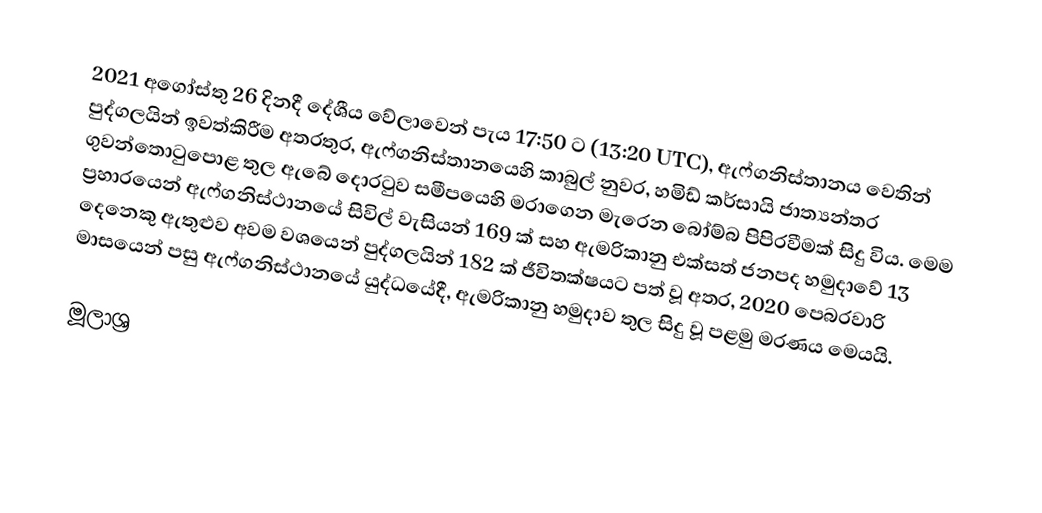
2021  අගෝස්තු 26 දිනදී දේශීය වේලාවෙන් පැය 17:50 ට  (13:20 UTC),  ඇෆ්ගනිස්තානය වෙතින් පුද්ගලයින් ඉවත්කිරීම අතරතුර, ඇෆ්ගනිස්තානයෙහි කාබුල් නුවර, හමිඩ් කර්සායි ජාත්‍යන්තර ගුවන්තොටුපොළ තුල ඇබේ දොරටුව සමීපයෙහි මරාගෙන මැරෙන බෝම්බ පිපිරවීමක් සිදු විය. මෙම ප්‍රහාරයෙන් ඇෆ්ගනිස්ථානයේ සිවිල් වැසියන් 169 ක් සහ ඇමරිකානු එක්සත් ජනපද හමුදාවේ 13 දෙනෙකු ඇතුළුව අවම වශයෙන් පුද්ගලයින් 182 ක් ජීවිතක්ෂයට පත් වූ අතර, 2020 පෙබරවාරි මාසයෙන් පසු ඇෆ්ගනිස්ථානයේ යුද්ධයේදී, ඇමරිකානු හමුදාව තුල සිදු වූ පළමු මරණය මෙයයි.

මූලාශ්‍ර